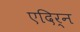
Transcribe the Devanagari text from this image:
एदिर्न